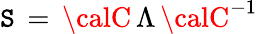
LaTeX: {\cal\mathtt{S}}\, =\, {\calC}\, \Lambda\, {\calC}^{-1}